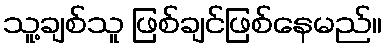
သူ့ချစ်သူ ဖြစ်ချင်ဖြစ်နေမည်။